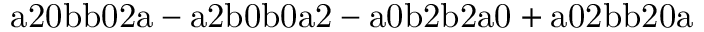
\mathrm { a 2 0 b b 0 2 a - a 2 b 0 b 0 a 2 - a 0 b 2 b 2 a 0 + a 0 2 b b 2 0 a }